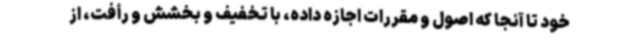
خود تا آنجا که اصول و مقررات اجازه داده، با تخفیف و بخشش و رأفت، از